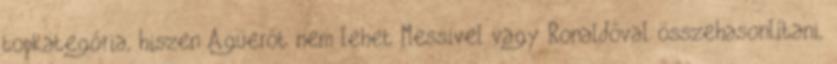
topkategória, hiszen Agüerót nem lehet Messivel vagy Ronaldóval összehasonlítani,